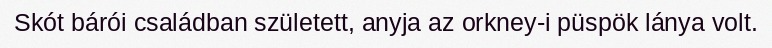
Skót bárói családban született, anyja az orkney-i püspök lánya volt.